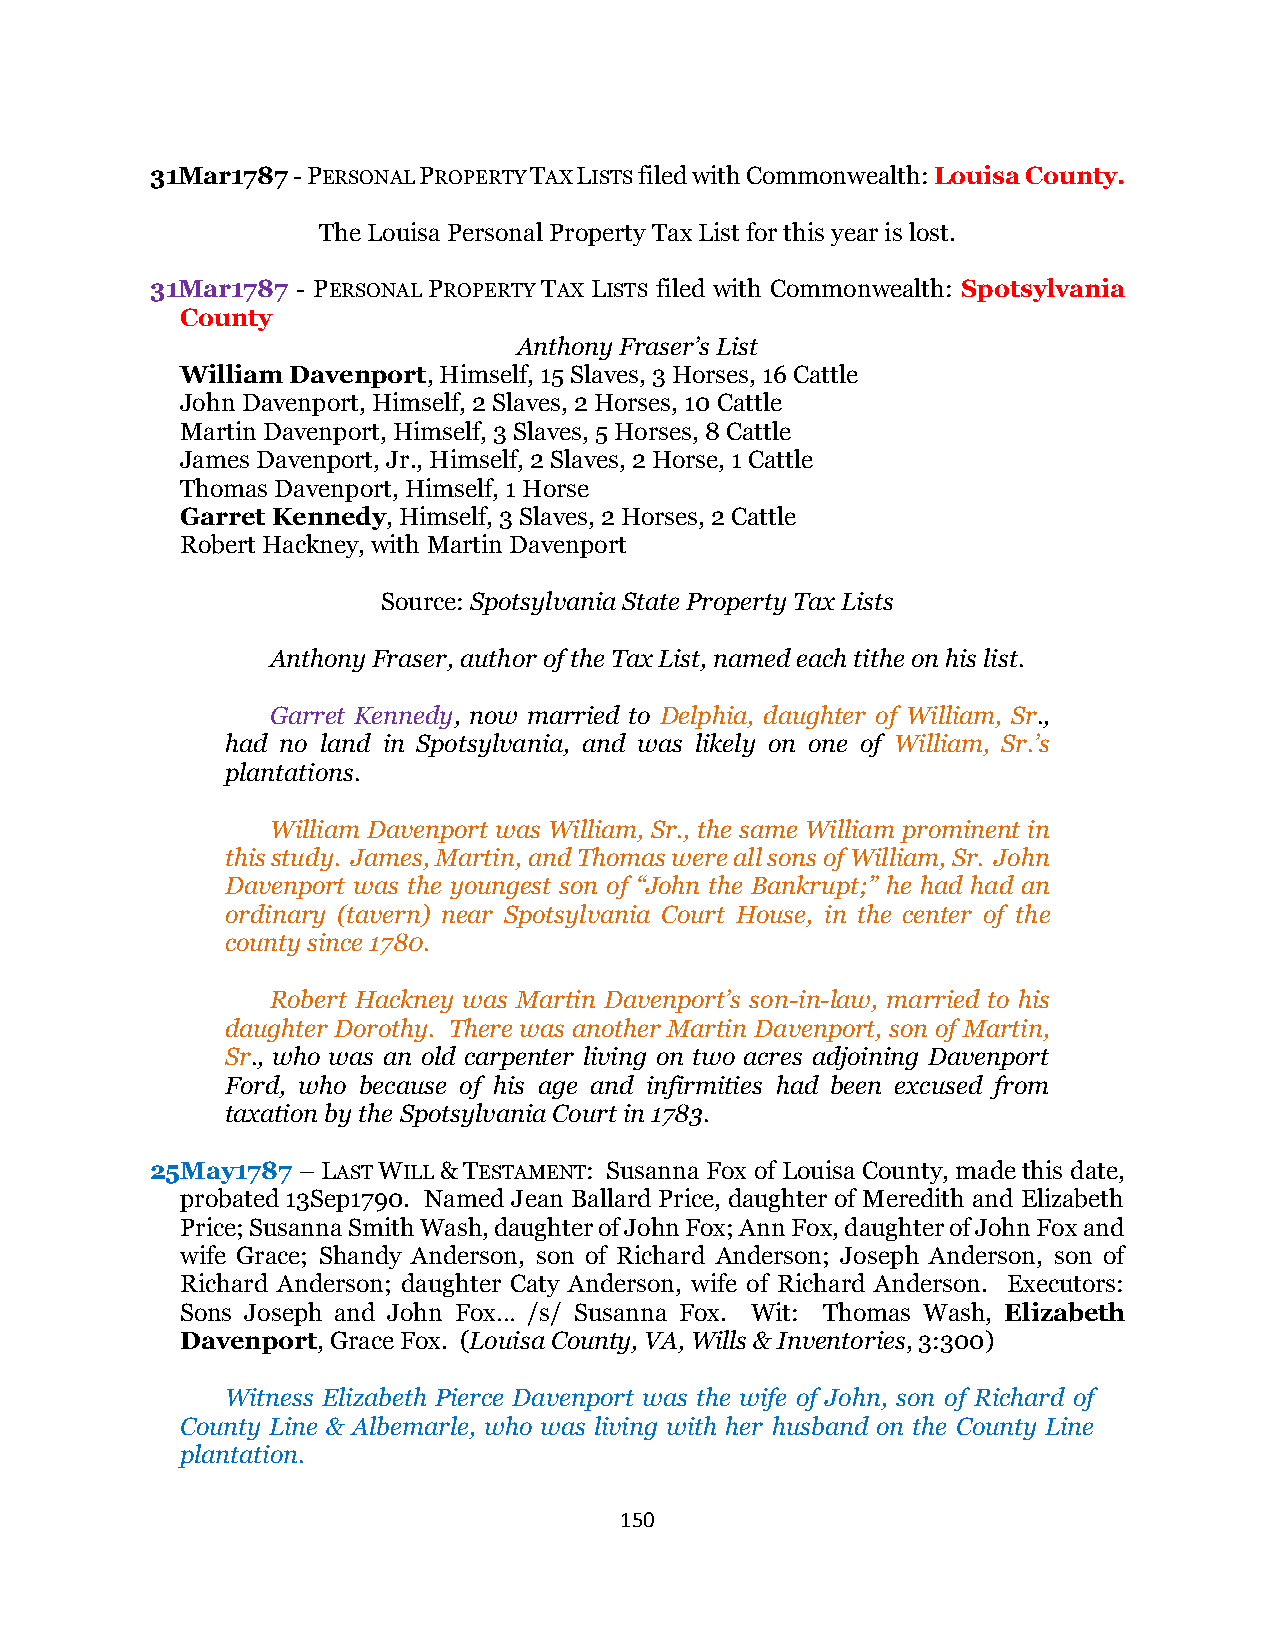
31Mar1787 - PERSONAL PROPERTY TAX LISTS filed with Commonwealth: Louisa County.
 The Louisa Personal Property Tax List for this year is lost.
 31Mar1787 - PERSONAL PROPERTY TAX LISTS filed with Commonwealth: Spotsylvania
 County
 Anthony Fraser’s List
 William Davenport, Himself, 15 Slaves, 3 Horses, 16 Cattle
 John Davenport, Himself, 2 Slaves, 2 Horses, 10 Cattle
 Martin Davenport, Himself, 3 Slaves, 5 Horses, 8 Cattle
 James Davenport, Jr., Himself, 2 Slaves, 2 Horse, 1 Cattle
 Thomas Davenport, Himself, 1 Horse
 Garret Kennedy, Himself, 3 Slaves, 2 Horses, 2 Cattle
 Robert Hackney, with Martin Davenport
 Source: Spotsylvania State Property Tax Lists
 Anthony Fraser, author of the Tax List, named each tithe on his list.
 Garret Kennedy, now married to Delphia, daughter of William, Sr.,
 had no land in Spotsylvania, and was likely on one of William, Sr.’s
 plantations.
 William Davenport was William, Sr., the same William prominent in
 this study. James, Martin, and Thomas were all sons of William, Sr. John
 Davenport was the youngest son of “John the Bankrupt;” he had had an
 ordinary (tavern) near Spotsylvania Court House, in the center of the
 county since 1780.
 Robert Hackney was Martin Davenport’s son-in-law, married to his
 daughter Dorothy. There was another Martin Davenport, son of Martin,
 Sr., who was an old carpenter living on two acres adjoining Davenport
 Ford, who because of his age and infirmities had been excused from
 taxation by the Spotsylvania Court in 1783.
 25May1787 – LAST WILL & TESTAMENT: Susanna Fox of Louisa County, made this date,
 probated 13Sep1790. Named Jean Ballard Price, daughter of Meredith and Elizabeth
 Price; Susanna Smith Wash, daughter of John Fox; Ann Fox, daughter of John Fox and
 wife Grace; Shandy Anderson, son of Richard Anderson; Joseph Anderson, son of
 Richard Anderson; daughter Caty Anderson, wife of Richard Anderson. Executors:
 Sons Joseph and John Fox… /s/ Susanna Fox. Wit: Thomas Wash, Elizabeth
 Davenport, Grace Fox. (Louisa County, VA, Wills & Inventories, 3:300)
 Witness Elizabeth Pierce Davenport was the wife of John, son of Richard of
 County Line & Albemarle, who was living with her husband on the County Line
 plantation.
 150